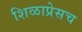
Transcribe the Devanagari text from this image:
शिळाप्रेसच